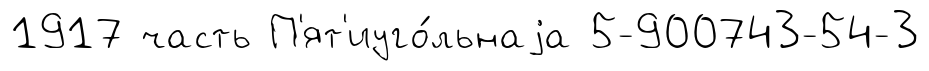
1917 часть П'ят'иуго́льнаjа 5-900743-54-3